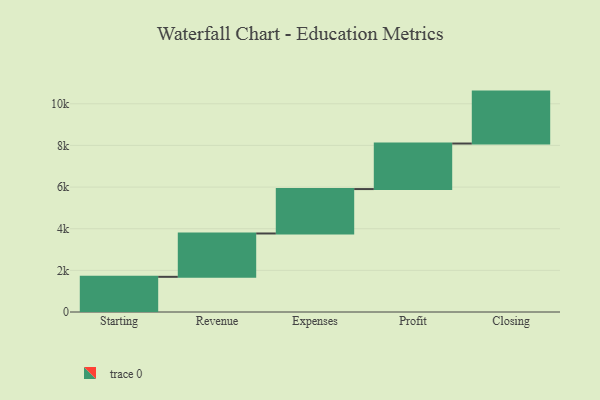
{"axis": {"x": "Step", "y": "Value"}, "legend": [""], "data": [{"x": "Starting", "y": 1689.0, "type": ""}, {"x": "Revenue", "y": 2082.0, "type": ""}, {"x": "Expenses", "y": 2133.0, "type": ""}, {"x": "Profit", "y": 2187.0, "type": ""}, {"x": "Closing", "y": 2494.0, "type": ""}]}